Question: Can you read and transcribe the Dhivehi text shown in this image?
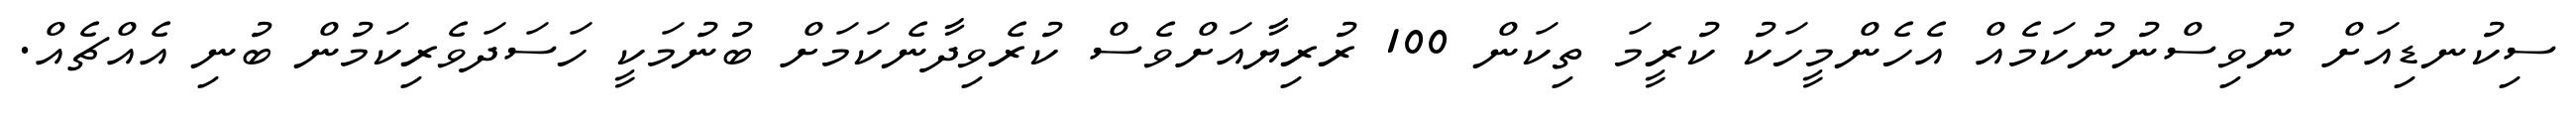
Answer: ސިކުނޑިއަށް ނުވިސްނުނުކަމެއް އެހެންމީހަކު ކުރީމަ ތިކަން 100 ރުރިޔާއަށްވެސް ކުރެވިދާނެކަމަށް ބުނުމަކީ ހަސަދަވެރިކަމުން ބުނި އެއްޗެއް.